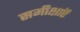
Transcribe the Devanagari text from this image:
समीक्षाऍं